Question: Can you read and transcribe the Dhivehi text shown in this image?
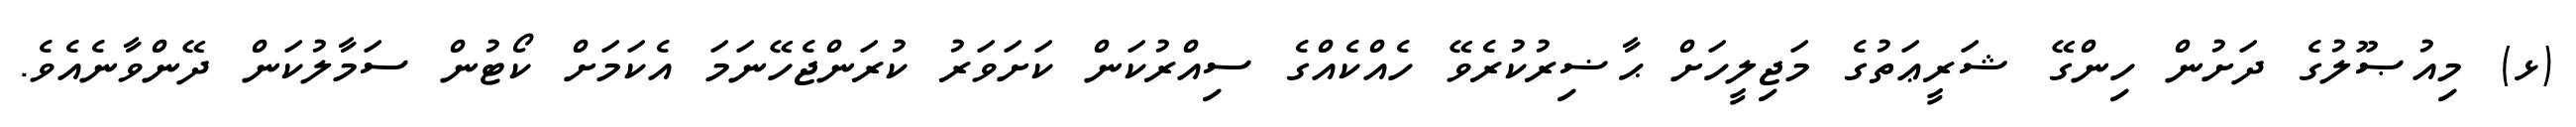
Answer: (ޅ) މިއުޞޫލުގެ ދަށުން ހިންގޭ ޝަރީޢަތުގެ މަޖިލީހަށް ޙާޟިރުކުރެވޭ ހެއްކެއްގެ ސިއްރުކަން ކަށަވަރު ކުރަންޖެހޭނަމަ އެކަމަށް ކޯޓުން ސަމާލުކަން ދޭންވާނެއެވެ.